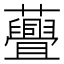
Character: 𧄸